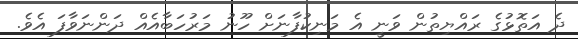
ދެ އަތޮޅުގެ ރައްޔިތުން ވަނީ އެ މަނިކުފާނަށް ހޫނު މަރުހަބާއެއް ދަންނަވާފަ އެވެ.